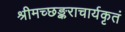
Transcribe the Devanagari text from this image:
श्रीमच्छङ्कराचार्यकृतं